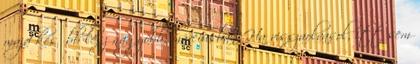
majd később lesz nagyobb, márciusban Ha visszaolvasol, itt sem